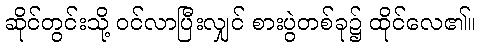
ဆိုင်တွင်းသို့ ဝင်လာပြီးလျှင် စားပွဲတစ်ခု၌ ထိုင်လေ၏။